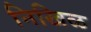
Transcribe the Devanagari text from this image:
निखिळ